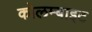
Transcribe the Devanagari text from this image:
कोलम्बाइट